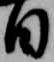
日